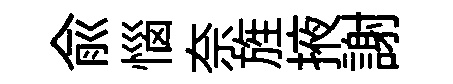
俞惱奈旌掖謝